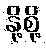
နို့စို့